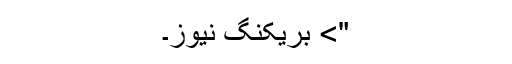
"> بریکنگ نیوز۔